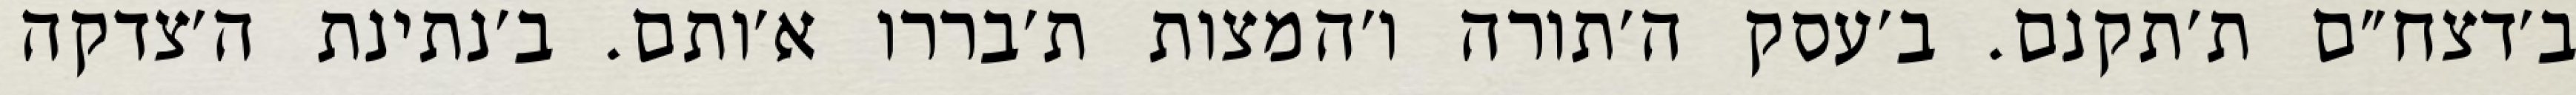
ב׳דצח״ם ת׳תקנם. ב׳עסק ה׳תורה ו׳המצות ת׳בררו א׳ותם. ב׳נתינת ה׳צדקה